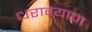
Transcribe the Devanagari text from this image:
धरावयाचा